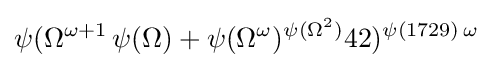
\psi (\Omega ^{\omega +1}\,\psi (\Omega )+\psi (\Omega ^{\omega })^{\psi (\Omega ^{2})}42)^{\psi (1729)\,\omega }